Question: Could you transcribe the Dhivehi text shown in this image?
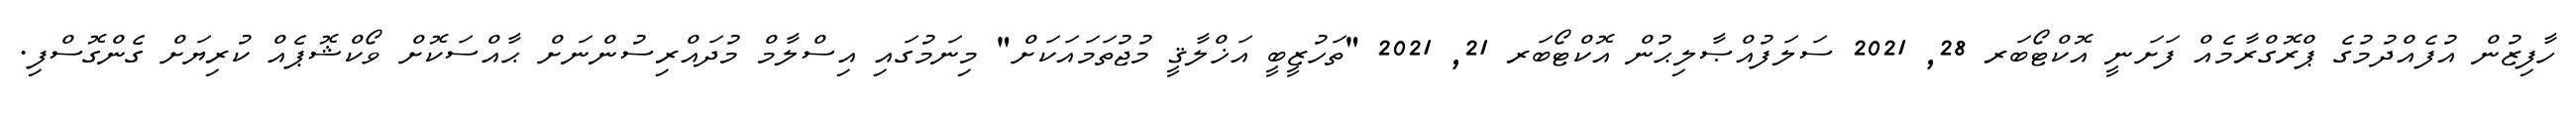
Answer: ހާފިޒުން އުފެއްދުމުގެ ޕްރޮގްރާމެއް ފަށަނީ އޮކްޓޯބަރ 28, 2021 ސަލަފުއްޞާލިޙުން އޮކްޓޯބަރ 21, 2021 "ތަހުޒީބީ އަޚްލާޤީ މުޖުތަމައަކަށް" މިނަމުގައި އިސްލާމް މުދައްރިސުންނަށް ޙާއްސަކޮށް ވޯކްޝޮޕެއް ކުރިޔަށް ގެންގޮސްފި.